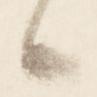
候